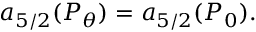
a _ { 5 / 2 } ( P _ { \theta } ) = a _ { 5 / 2 } ( P _ { 0 } ) .